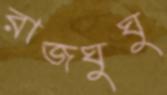
রাজঘুঘু